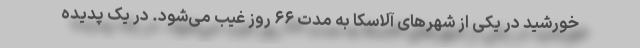
خورشید در یکی از شهر‌های آلاسکا به مدت ۶۶ روز غیب می‌شود. در یک پدیده